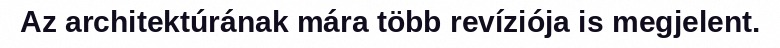
Az architektúrának mára több revíziója is megjelent.